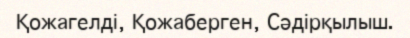
Қожагелді, Қожаберген, Сәдірқылыш.